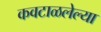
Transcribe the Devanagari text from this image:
कवटाळलेल्या